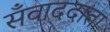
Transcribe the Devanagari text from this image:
सँवाददाता